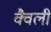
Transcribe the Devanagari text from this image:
क्वैली